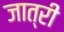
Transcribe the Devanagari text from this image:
जात्री